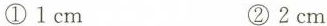
① 1 cm ② 2 cm